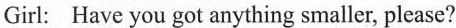
Girl:Have you got anything smaller, please?